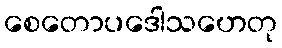
စေတောပဒေါသဟေတု